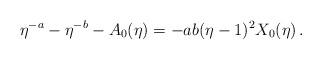
LaTeX: \begin{align*}\eta^{-a}-\eta^{-b}-A_0(\eta)=-ab(\eta-1)^2X_0(\eta)\,.\end{align*}